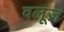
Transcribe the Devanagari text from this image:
वलूज़